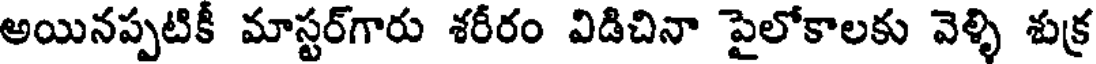
అయినప్పటికీ మాస్టర్గారు శరీరం విడిచినా పైలోకాలకు వెళ్ళి శుక్ర